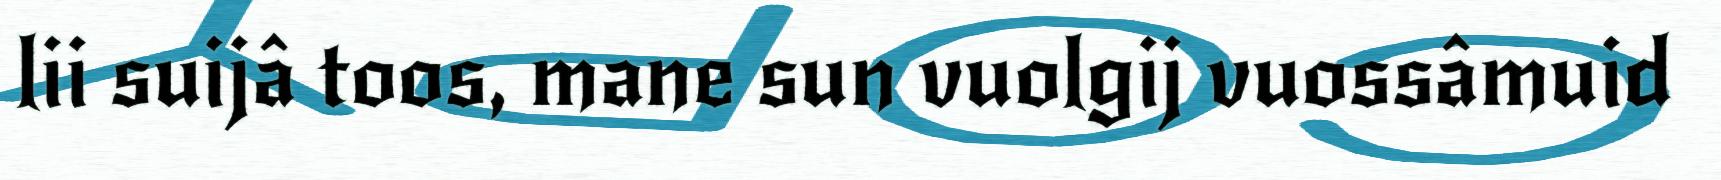
lii suijâ toos, mane sun vuolgij vuossâmuid